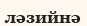
ләзийнә